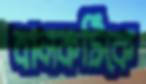
বালকটিকে